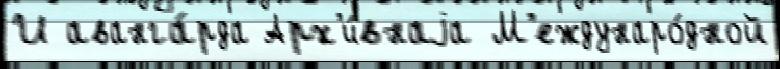
И аванга́рда Арх'и́внаjа М'еждунаро́дной